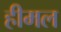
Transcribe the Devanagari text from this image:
हीमल